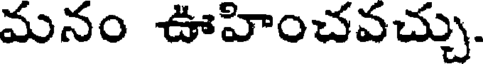
మనం ఊహించవచ్చు.